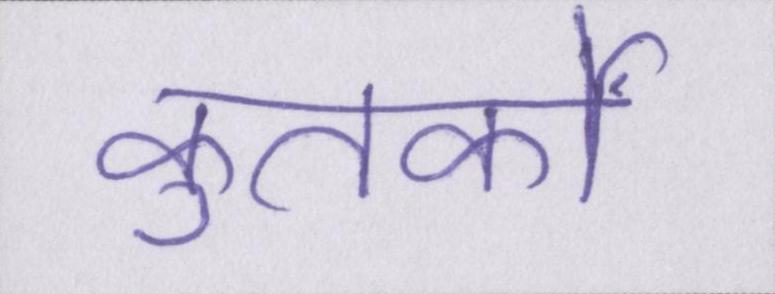
कुतर्कों